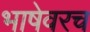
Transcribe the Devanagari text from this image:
भाषेवरच